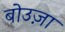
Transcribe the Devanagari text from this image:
बोउज़ा